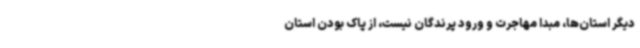
دیگر استان‌ها، مبدا مهاجرت و ورود پرندگان نیست، از پاک بودن استان